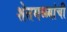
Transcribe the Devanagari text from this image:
शेतमळ्यांची